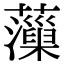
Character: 𧃡